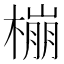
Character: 𱤌